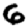
Digit: 6